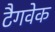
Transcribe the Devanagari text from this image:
टैगवेक